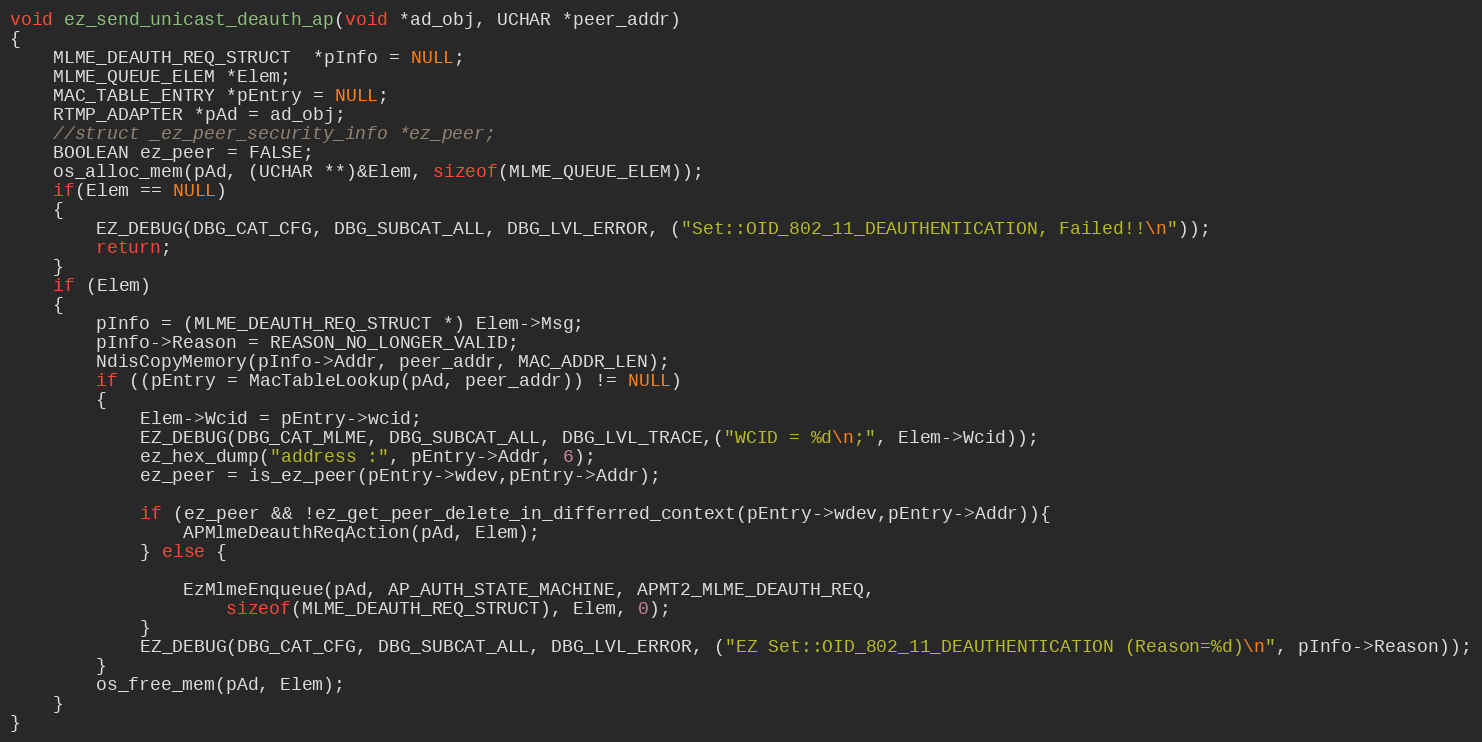
Language: C
void ez_send_unicast_deauth_ap(void *ad_obj, UCHAR *peer_addr)
{
	MLME_DEAUTH_REQ_STRUCT  *pInfo = NULL;
	MLME_QUEUE_ELEM *Elem;
	MAC_TABLE_ENTRY *pEntry = NULL;
	RTMP_ADAPTER *pAd = ad_obj;
	//struct _ez_peer_security_info *ez_peer;
	BOOLEAN ez_peer = FALSE;
	os_alloc_mem(pAd, (UCHAR **)&Elem, sizeof(MLME_QUEUE_ELEM));
	if(Elem == NULL)
	{
		EZ_DEBUG(DBG_CAT_CFG, DBG_SUBCAT_ALL, DBG_LVL_ERROR, ("Set::OID_802_11_DEAUTHENTICATION, Failed!!\n"));
		return;
	}
	if (Elem)
	{
		pInfo = (MLME_DEAUTH_REQ_STRUCT *) Elem->Msg;
		pInfo->Reason = REASON_NO_LONGER_VALID;
		NdisCopyMemory(pInfo->Addr, peer_addr, MAC_ADDR_LEN);
		if ((pEntry = MacTableLookup(pAd, peer_addr)) != NULL)
		{
			Elem->Wcid = pEntry->wcid;
			EZ_DEBUG(DBG_CAT_MLME, DBG_SUBCAT_ALL, DBG_LVL_TRACE,("WCID = %d\n;", Elem->Wcid));
			ez_hex_dump("address :", pEntry->Addr, 6);
			ez_peer = is_ez_peer(pEntry->wdev,pEntry->Addr);

			if (ez_peer && !ez_get_peer_delete_in_differred_context(pEntry->wdev,pEntry->Addr)){
				APMlmeDeauthReqAction(pAd, Elem);
			} else {

				EzMlmeEnqueue(pAd, AP_AUTH_STATE_MACHINE, APMT2_MLME_DEAUTH_REQ,
					sizeof(MLME_DEAUTH_REQ_STRUCT), Elem, 0);
			}
			EZ_DEBUG(DBG_CAT_CFG, DBG_SUBCAT_ALL, DBG_LVL_ERROR, ("EZ Set::OID_802_11_DEAUTHENTICATION (Reason=%d)\n", pInfo->Reason));
		}
		os_free_mem(pAd, Elem);
	}
}